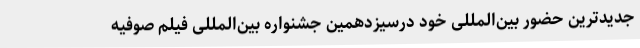
جدیدترین حضور بین‌المللی خود درسیزدهمین جشنواره بین‌المللی فیلم صوفیه